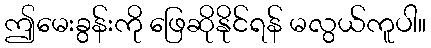
ဤမေးခွန်းကို ဖြေဆိုနိုင်ရန် မလွယ်ကူပါ။